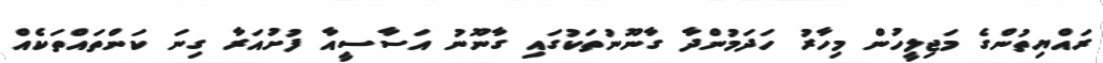
ރައްޔިތުންގެ މަޖިލީހުން މިހާރު ހަދަމުންދާ ގާނޫނުތަކުގައި ގާނޫނު އަސާސީއާ ފުށުއަރާ ގިނަ ކަންތައްތަކެއް